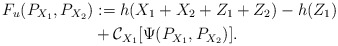
\begin{align*}F_{u}(P_{X_1},P_{X_2})&:=h(X_1+X_2+Z_1+Z_2)-h(Z_1)\\&+\mathcal{C}_{X_1}[\Psi(P_{X_1},P_{X_2})].\end{align*}